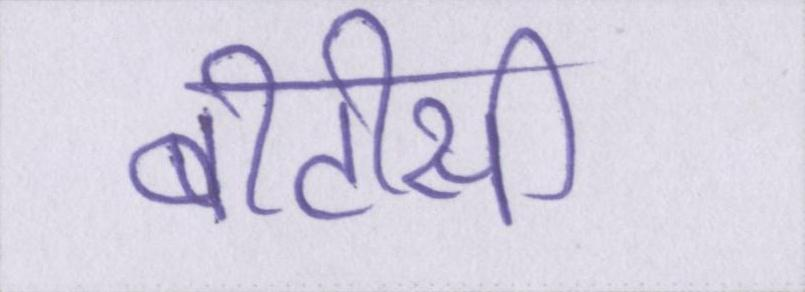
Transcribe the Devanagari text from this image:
बीटीसी